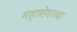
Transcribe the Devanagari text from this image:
महारोगाच्या